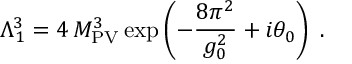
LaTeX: \Lambda _ { 1 } ^ { 3 } = 4 \, M _ { \mathrm { P V } } ^ { 3 } \exp \left( - \frac { 8 \pi ^ { 2 } } { g _ { 0 } ^ { 2 } } + i \theta _ { 0 } \right) \; .